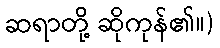
ဆရာတို့ ဆိုကုန်၏။)